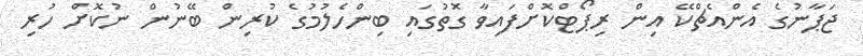
ޖަޕާނުގެ އެންއެޗްކޭ އިން ރިޕޯޓްކޮށްފައިވާ ގޮތުގައި ބިންހެލުމުގެ ކުރިން ބޭނުން ނުކޮށް ހުރި